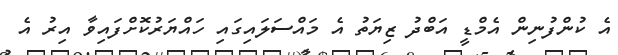
އެ ކުންފުނިން އެމްޑީ އަބްދު ޒިޔަތު އެ މައްސަލައިގައި ހައްޔަރުކޮށްފައިވާ އިރު އެ